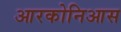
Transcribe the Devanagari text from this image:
आरकोनिआस